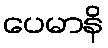
ပေမာနိ